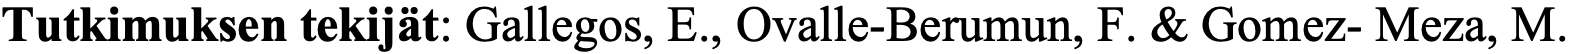
Tutkimuksen tekijät: Gallegos, E., Ovalle-Berumun, F. & Gomez- Meza, M.